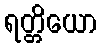
ရတ္တိယော